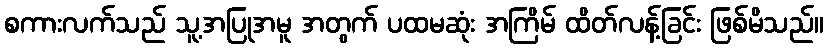
စကားလက်သည် သူ့အပြုအမူ အတွက် ပထမဆုံး အကြိမ် ထိတ်လန့်ခြင်း ဖြစ်မိသည်။